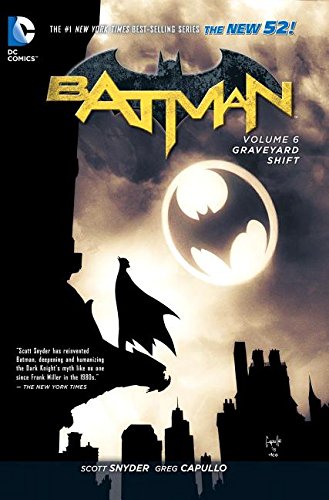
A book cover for Batman Vol. 6: Graveyard Shift (The New 52); Scott Snyder; Comics & Graphic Novels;